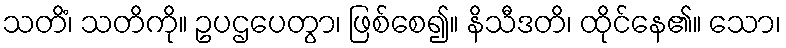
သတိံ၊ သတိကို။ ဥပဌပေတွာ၊ ဖြစ်စေ၍။ နိသီဒတိ၊ ထိုင်နေ၏။ သော၊